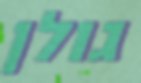
גולן